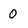
Character: 0